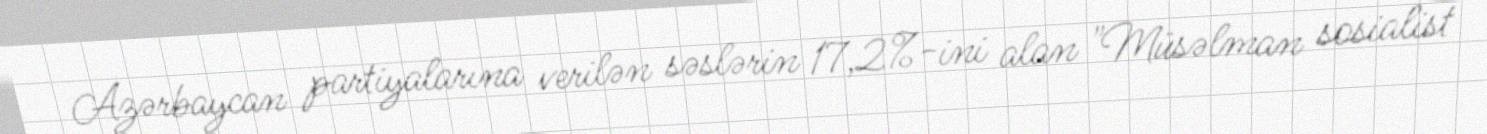
Azərbaycan partiyalarına verilən səslərin 17,2%-ini alan "Müsəlman sosialist